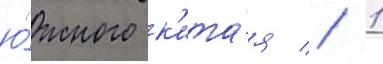
ю́жного к'ита́я // 1